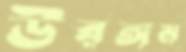
উরঙ্গম